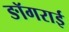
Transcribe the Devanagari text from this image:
ङॉगराई